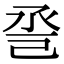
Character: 巹